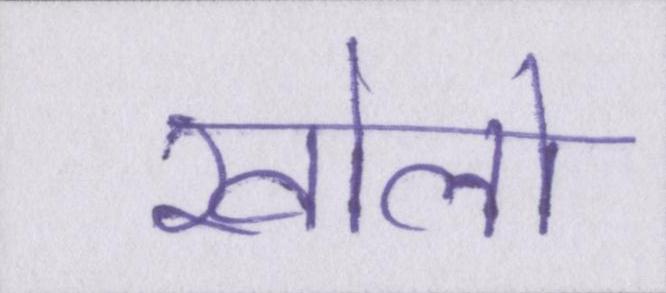
खोलो